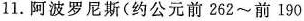
11.阿波罗尼斯(约公元前262~前190